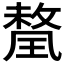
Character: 𭹯